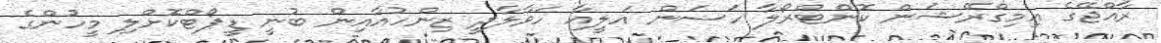
ރާއްޖޭގެ އިމިގްރޭޝަން ކޮންޓްރޯލާ ހަސަން އަލީއާ ހަވާލާދީ ޒިންހުއާއިން ބުނީ ޑީޕޯޓްކޮށްލި މީހުންގެ